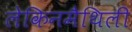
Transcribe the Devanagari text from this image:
लेकिनमैथिली